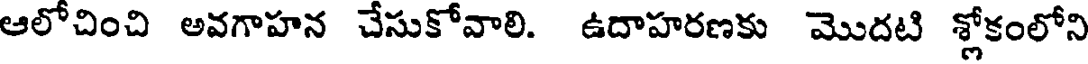
ఆలోచించి అవగాహన చేసుకోవాలి. ఉదాహరణకు మొదటి శ్లోకంలోని